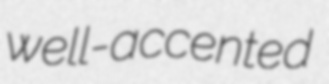
well-accented